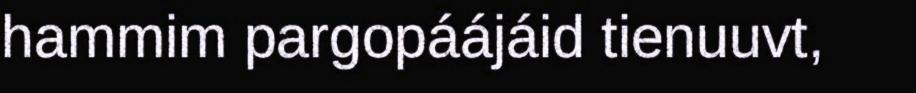
hammim pargopáájáid tienuuvt,